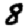
Digit: 8